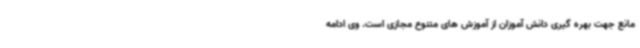
مانع جهت بهره گیری دانش آموزان از آموزش های متنوع مجازی است. وی ادامه